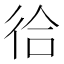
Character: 㣛